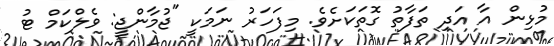
މުޅިން އާ އަދި ތަފާތު ގޮތަކަށެވެ. މިފަހަރު ނަމަކީ "ޖުމާންޖީ: ވެލްކަމް ޓު